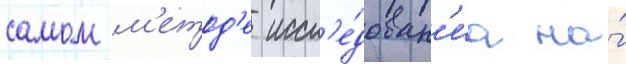
самом м'етод'е иссл'е́дован'иа на́